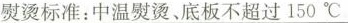
熨烫标准：中温熨烫、底板不超过150℃